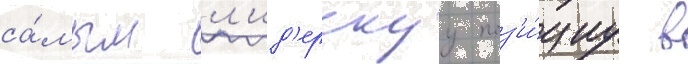
са́мым л'ид'ерскуу поз'и́циу в